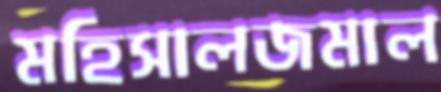
মহিসালজমাল